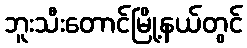
ဘူးသီးတောင်မြို့နယ်တွင်